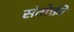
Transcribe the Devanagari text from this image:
संतोक्ती